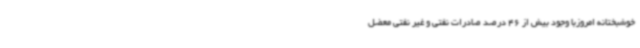
خوشبختانه امروزبا وجود بیش از 46 درصد صادرات نفتی و غیر نفتی معضل